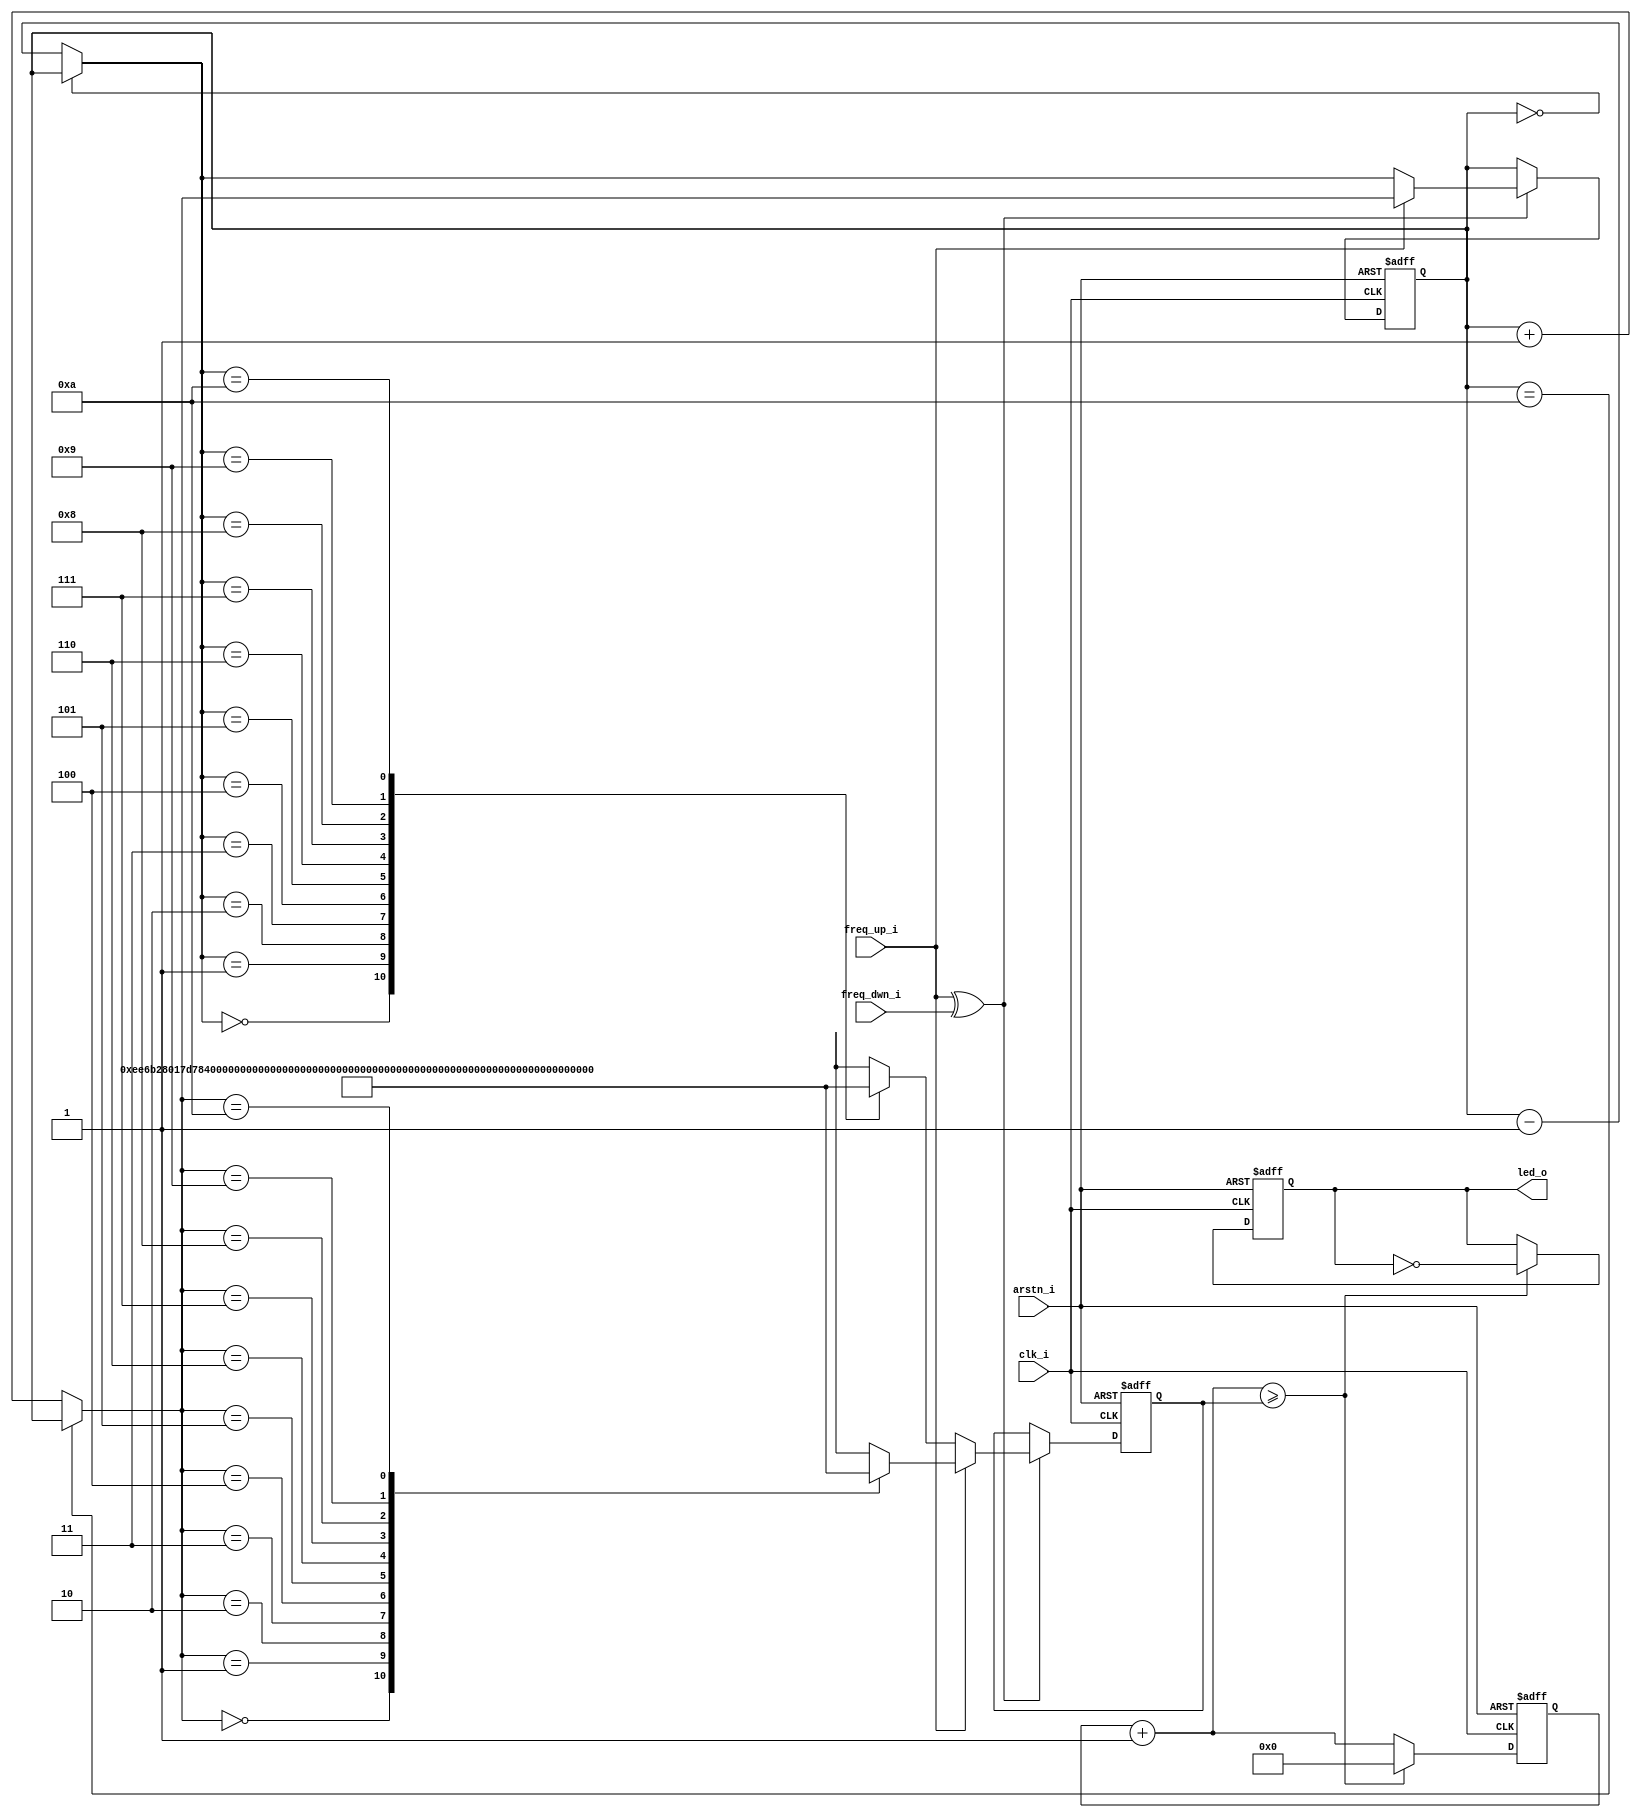
/* **********************************************************************************************************
 *
 * Module:      Blinking led w/ step control
 * Release:     1.0 - First version
 *
 * **********************************************************************************************************
 *
 * Parameters:
 *  CLK_FREQ    - Clock frequency (Hz)
 *  FREQ_STEPS  - Amount of steps between the minimum and maximum frequency
 *  MAX_FREQ    - Maximum frecuency
 *  MIN_FREQ    - Minimum frecuency
 *  SCALE_DIV   - Frecuency divider
 *                  e.g. Freq=1Hz with Div=100 => Actual Freq=0.01Hz (One cycle every 100 seconds)
 *
 * **********************************************************************************************************
 *
 * Description: The output LED will blink with a frequency set with the module's parameters and controlled
 *              with the freq step control.
 *              The maximum output frequency of the LED (excluding the physical constraints) is "CLK_FREQ/2".
 *              The minimum output frequency of the LED is "MIN_FREQ / SCALE_DIV".
 *
 * **********************************************************************************************************
 *
 * The frequency established for every step is calculated as follows:
 *  diff_freq   = MAX_FREQ - MIN_FREQ
 *  step_freq   = diff_freq / FREQ_STEPS
 *  actual_freq = MIN_FREQ + (step * step_freq)
 *
 *  e.g.: MAX_FREQ=1000, MIN_FREQ=10, FREQ_STEPS=5
 *    diff_freq = 990
 *    step_freq = 198
 *      actual_freq[0] = 10 + (0 * 198) = 10 Hz
 *      actual_freq[1] = 10 + (1 * 198) = 208 Hz
 *      actual_freq[2] = 10 + (2 * 198) = 406 Hz
 *      actual_freq[3] = 10 + (3 * 198) = 604 Hz
 *      actual_freq[4] = 10 + (4 * 198) = 802 Hz
 *      actual_freq[5] = 10 + (5 * 198) = 1000 Hz
 *
 *  e.g.: MAX_FREQ=50, MIN_FREQ=2, FREQ_STEPS=4
 *    diff_freq = 48
 *    step_freq = 12
 *      actual_freq[0] = 2 + (0 * 12) = 2 Hz
 *      actual_freq[1] = 2 + (1 * 12) = 14 Hz
 *      actual_freq[2] = 2 + (2 * 12) = 26 Hz
 *      actual_freq[3] = 2 + (3 * 12) = 38 Hz
 *      actual_freq[4] = 2 + (4 * 12) = 50 Hz
 *
 *  e.g.: MAX_FREQ=10, MIN_FREQ=5, FREQ_STEPS=1
 *    diff_freq = 5
 *    step_freq = 5
 *      actual_freq[0] = 5 + (0 * 5) = 5 Hz
 *      actual_freq[1] = 5 + (1 * 5) = 10 Hz
 *
 * **********************************************************************************************************
 *
 * The counter limit is the relation between the CLK_FREQ, actual_freq and SCALE_DIV (flip trigger):
 *  counter_limit = SCALE_DIV * (CLK_FREQ / (2 * actual_freq))
 *
 *  e.g.: CLK_FREQ=100, actual_freq=50, SCALE_DIV=1
 *    output_freq   = (50 / 1) = 50 Hz
 *    counter_limit = 1 * (100 / (2 * 50)) = 1 clock cycles for every flip
 *
 *  e.g.: CLK_FREQ=100, actual_freq=50, SCALE_DIV=10
 *    output_freq   = (50 / 10) = 5 Hz
 *    counter_limit = 10 * (100 / (2 * 50)) = 10 clock cycles for every flip
 *
 *  e.g.: CLK_FREQ=50MHz, actual_freq=100, SCALE_DIV=10
 *    output_freq   = (100 / 10) = 10 Hz
 *    counter_limit = 100 * (50000000 / (2 * 100)) = 2500000 clock cycles for every flips
 *
 * **********************************************************************************************************
 */

`default_nettype none

module blink_led
# (
    parameter CLK_FREQ    = 50000000,
    parameter FREQ_STEPS  = 10,
    parameter MAX_FREQ    = 100,
    parameter MIN_FREQ    = 1,
    parameter SCALE_DIV   = 10
  )
(/*AUTOARG*/
   // Outputs
   led_o,
   // Inputs
   clk_i, arstn_i, freq_up_i, freq_dwn_i
   );

  /* local parameters */
  localparam COUNTER_WIDTH = $clog2(SCALE_DIV * (CLK_FREQ / (2 * MIN_FREQ)));
  localparam PTR_WIDTH     = $clog2(FREQ_STEPS + 1);

  /* clock and reset - port*/
  input   wire  clk_i;
  input   wire  arstn_i;

  /* freq step control - port */
  input   wire  freq_up_i;
  input   wire  freq_dwn_i;

  /* led output */
  output  reg   led_o;

  /* regs n wires declaration */
  reg  [COUNTER_WIDTH-1:0] counter;
  wire [COUNTER_WIDTH-1:0] nxt_counter;
  reg  [COUNTER_WIDTH-1:0] limit;
  reg  [PTR_WIDTH-1:0]     limit_ptr;
  wire [COUNTER_WIDTH-1:0] limit_array [FREQ_STEPS:0];
  wire                     change;
  wire [PTR_WIDTH-1:0]     ptr_up;
  wire [PTR_WIDTH-1:0]     ptr_dwn;

  /* integers and genvars */
  genvar I;

  /* counter limit calculation (at synthesis time) */
  generate
    for(I=0; I<=FREQ_STEPS; I=I+1) begin: limit_calc_gen
      assign limit_array[I] = SCALE_DIV * (CLK_FREQ / (2 * (MIN_FREQ + ((I * (MAX_FREQ - MIN_FREQ)) / FREQ_STEPS))));
    end
  endgenerate

  /* the "change" wire will set to "1" if there is only one control set to "1" */
  assign change = freq_up_i ^ freq_dwn_i; //..(0 xor 0 = 0) (0 xor 1 = 1) (1 xor 0 = 1) (1 xor 1 = 0)

  /* counter limit pointers UP and DWN assignments */
  assign ptr_up  = (limit_ptr == (FREQ_STEPS)) ? limit_ptr : limit_ptr + {{(PTR_WIDTH-1){1'b0}},1'b1};
  assign ptr_dwn = (limit_ptr == 0) ? limit_ptr : limit_ptr - {{(PTR_WIDTH-1){1'b0}},1'b1};

  /* next counter value */
  assign nxt_counter = counter + {{(COUNTER_WIDTH-1){1'b0}},1'b1};

  /* freq step control logic */
  always @ (posedge clk_i, negedge arstn_i) begin
    if(~arstn_i) begin
      limit     <= limit_array[0];
      limit_ptr <= {PTR_WIDTH{1'b0}};
    end
    else begin
      if(change) begin //..a single button has been pushed
        if(freq_up_i) begin //..freq_up
          limit     <= limit_array[ptr_up];
          limit_ptr <= ptr_up;
        end
        else begin //..freq_down
          limit     <= limit_array[ptr_dwn];
          limit_ptr <= ptr_dwn;
        end
      end
    end
  end

  /* blink led logic */
  always @ (posedge clk_i, negedge arstn_i) begin
    if(~arstn_i) begin
      counter <= {COUNTER_WIDTH{1'b0}};
      led_o   <= 1'b0;
    end
    else begin
      if(nxt_counter >= limit) begin
        counter <= {COUNTER_WIDTH{1'b0}};
        led_o   <= ~led_o;
      end
      else
        counter <= nxt_counter;
    end
  end

endmodule // blink_led

`default_nettype wire